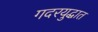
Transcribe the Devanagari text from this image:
गदरयुद्धात